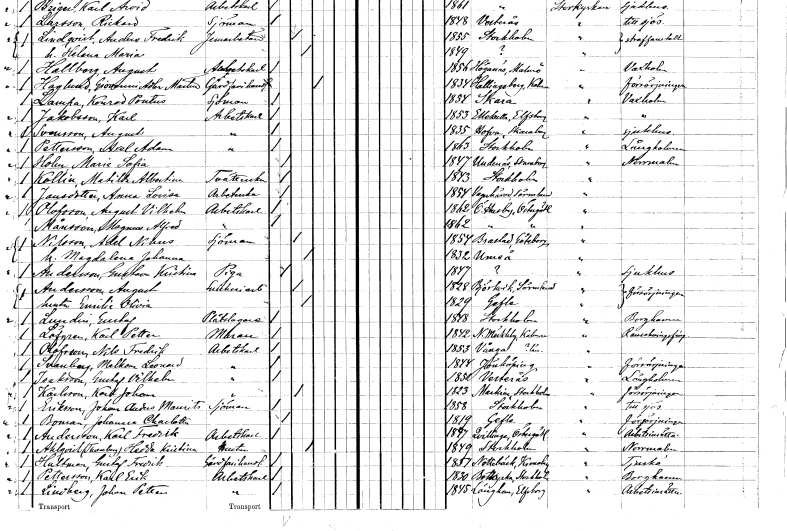
gt_parse: households: individuals: FN: August
EN: Svensson
YRKE: Arbetskarl
KON: M
CIV: O
FODAR: 1835
FODFORS: Hova Skaraborgs län
FN: Axel Adam
EN: Pettersson
YRKE: Arbetskarl
KON: M
CIV: O
FODAR: 1863
FODFORS: Stockholm
FN: Maria Sofia
EN: Holm
KON: K
CIV: O
FODAR: 1847
FODFORS: Undenäs Skaraborgs län
FN: Matilda Albertina
EN: Kollin
YRKE: Tvätterska
KON: K
CIV: O
FODAR: 1843
FODFORS: Stockholm
FN: Anna Lovisa
EN: Jansdotter
YRKE: Arbeterska
KON: K
CIV: O
FODAR: 1854
FODFORS: Vagnhärad Södermanlands län
FN: August Vilhelm
EN: Olofsson
YRKE: Arbetskarl
KON: M
CIV: O
FODAR: 1862
FODFORS: Östra Husby Östergötlands län
FN: Magnus Alfred
EN: Månsson
YRKE: Arbetskarl
KON: M
CIV: O
FODAR: 1862
FODFORS: Östra Husby Östergötlands län
FN: Adel Nikus
EN: Nilsson
YRKE: Sjöman
KON: M
CIV: G
FODAR: 1854
FODFORS: Brastad Göteborgs- och Bohuslän
FN: Magdalena Johanna
KON: K
CIV: G
FODAR: 1832
FODFORS: Umeå Västerbottens län
FN: Gustava Kristina
EN: Andersson
YRKE: Piga
KON: K
CIV: O
FODAR: 1847
FN: August
EN: Andersson
YRKE: Snickeriarbetare
KON: M
CIV: G
FODAR: 1828
FODFORS: Björkvik Södermanlands län
FN: Emelie Olivia
YRKE: Hustru
KON: K
CIV: G
FODAR: 1829
FODFORS: Gävle Gävleborgs län
FN: Gustaf
EN: Lundin
YRKE: Plåtslagare
KON: M
CIV: O
FODAR: 1848
FODFORS: Stockholm
FN: Karl Petter
EN: Löfgren
YRKE: Murare
KON: M
CIV: O
FODAR: 1842
FODFORS: Norra Möckleby Kalmar län
FN: Nils Fredrik
EN: Olofsson
YRKE: Arbetskarl
KON: M
CIV: O
FODAR: 1853
FN: Malkom Leonard
EN: Svanberg
YRKE: Arbetskarl
KON: M
CIV: O
FODAR: 1844
FODFORS: Jönköping Jönköpings län
FN: Gustaf Vilhelm
EN: Isaksson
YRKE: Arbetskarl
KON: M
CIV: O
FODAR: 1851
FODFORS: Västerås Västmanlands län
FN: Karl Johan
EN: Karlsson
YRKE: Arbetskarl
KON: M
CIV: G
FODAR: 1823
FODFORS: Markim Stockholms län
FN: Johan Anders Maurits
EN: Eriksson
YRKE: Sjöman
KON: M
CIV: O
FODAR: 1858
FODFORS: Stockholm
FN: Johanna Charlotta
EN: Boman
KON: K
CIV: O
FODAR: 1819
FODFORS: Gävle Gävleborgs län
FN: Karl Fredrik
EN: Andersson
YRKE: Arbetskarl
KON: M
CIV: O
FODAR: 1847
FODFORS: Kvillinge Östergötlands län
FN: Hedda Kristina
EN: Ahlqvist Stenberg
YRKE: Hustru
KON: K
CIV: G
FODAR: 1849
FODFORS: Stockholm
FN: Gustaf Fredrik
EN: Hultman
YRKE: Gårdfarihandlare
KON: M
CIV: O
FODAR: 1851
FODFORS: Nottebäck Kronobergs län
FN: Karl Erik
EN: Pettersson
YRKE: Arbetskarl
KON: M
CIV: O
FODAR: 1830
FODFORS: Botkyrka Stockholms län
FN: Johan Petter
EN: Lindberg
YRKE: Arbetskarl
KON: M
CIV: O
FODAR: 1845
FODFORS: Länghem Älvsborgs län